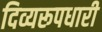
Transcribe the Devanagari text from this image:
दिव्यरूपधारी